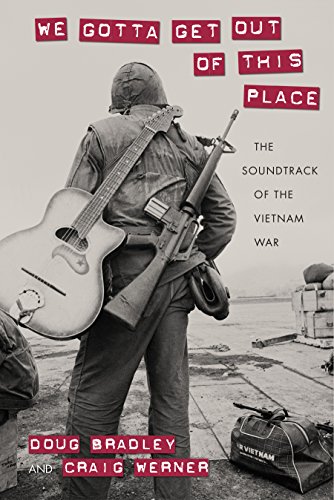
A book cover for We Gotta Get Out of This Place: The Soundtrack of the Vietnam War (Culture, Politics, and the Cold War); Doug Bradley; History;